Document type: Sale
Year: 1305
Scribe: Bernat de Vilarúbia
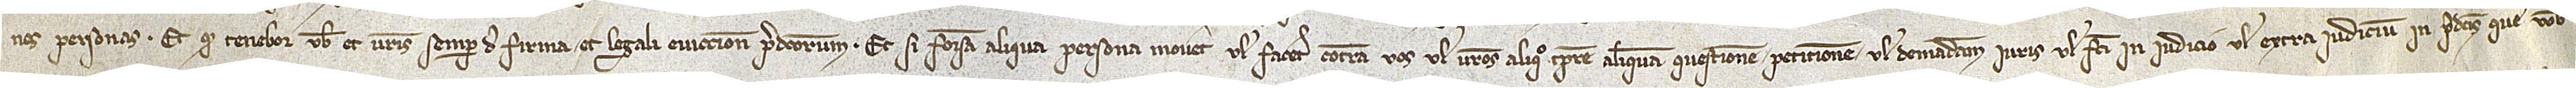
nes personas; et quod tenebor vobis et vestris semper de firma et legali eviccione predictorum. Et si forsan aliqua persona moveret vel faceret contra vos vel vestros aliquo tempore aliquam questionem, peticionem vel demandam iuris vel facti, in iudicio vel extra iudicium, in predictis que vobis